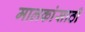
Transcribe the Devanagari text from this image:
मालकांसाठी